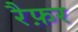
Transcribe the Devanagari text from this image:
रैफ़र